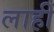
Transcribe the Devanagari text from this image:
लाहीं